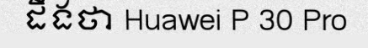
ដឹងថា Huawei P 30 Pro